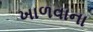
ખાળવાના